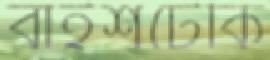
বাইশটেকি